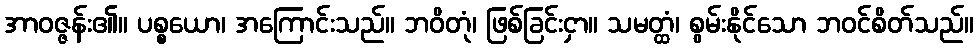
အာဝဇ္ဇန်း၏။ ပစ္စယော၊ အကြောင်းသည်။ ဘဝိတုံ၊ ဖြစ်ခြင်းငှာ။ သမတ္ထံ၊ စွမ်းနိုင်သော ဘဝင်စိတ်သည်။